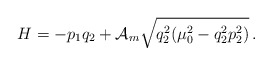
\begin{align*}H=-p_1q_2+{\cal A}_m\sqrt{q_2^2(\mu_0^2-q_2^2p_2^2)}\,{.}\end{align*}